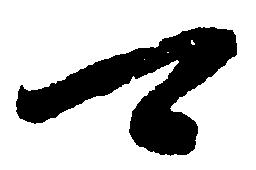
可